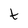
Character: t